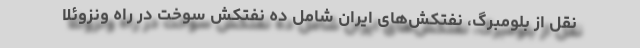
نقل از بلومبرگ، نفتکش‌های ایران شامل ده نفتکش سوخت در راه ونزوئلا